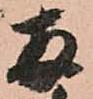
両